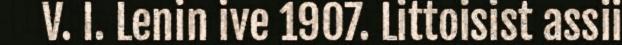
V. I. Lenin ive 1907. Littoisist assii